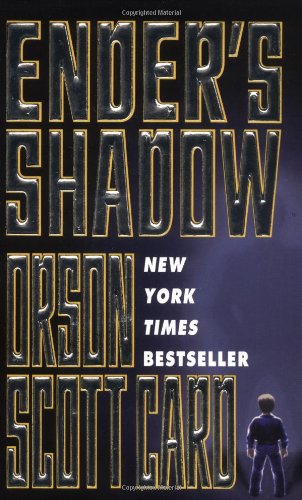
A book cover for Ender's Shadow (The Shadow Series); Orson Scott Card; Science Fiction & Fantasy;